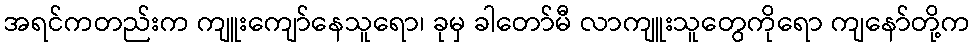
အရင်ကတည်းက ကျူးကျော်နေသူရော၊ ခုမှ ခါတော်မီ လာကျူးသူတွေကိုရော ကျနော်တို့က